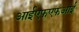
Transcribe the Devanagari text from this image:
आईएफएफआई